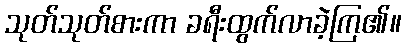
သုတ်သုတ်စားကာ ခရီးထွက်လာခဲ့ကြ၏။